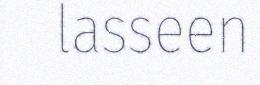
lasseen